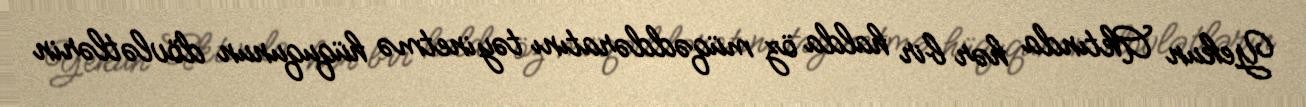
Yekun Aktında hər bir halda öz müqəddəratını təyinetmə hüququnun dövlətlərin